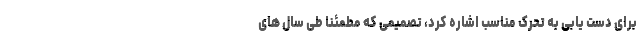
برای دست یابی به تحرک مناسب اشاره کرد، تصمیمی که مطمئنا طی سال های